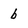
Character: b